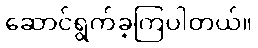
ဆောင်ရွက်ခဲ့ကြပါတယ်။